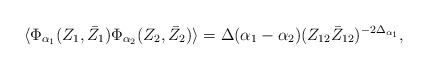
\begin{align*}\langle\Phi _{\alpha _1} (Z_1,\bar{Z}_1)\Phi _{\alpha _2}(Z_2,\bar{Z}_2)\rangle=\Delta (\alpha _1-\alpha_2)(Z_{12} \bar{Z}_{12})^{-2\Delta _{\alpha _1}},\end{align*}